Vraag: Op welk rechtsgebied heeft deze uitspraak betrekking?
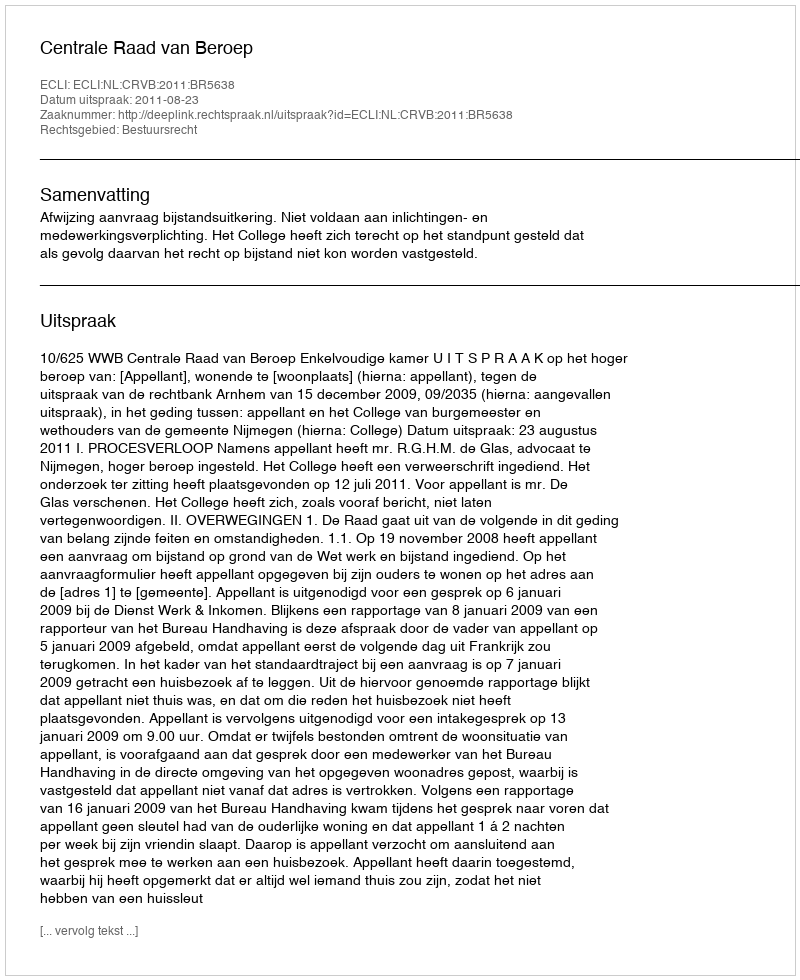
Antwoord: Bestuursrecht